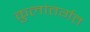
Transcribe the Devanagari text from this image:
कुलांतर्गत